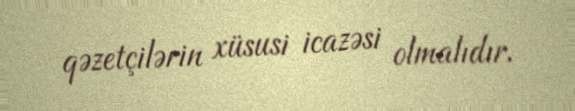
qəzetçilərin xüsusi icazəsi olmalıdır.